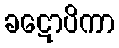
ခဋောပိကာ